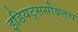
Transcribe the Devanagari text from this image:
इडियट्ससोबतच